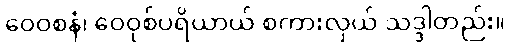
ဝေဝစနံ၊ ဝေဝုစ်ပရိယာယ် စကားလှယ် သဒ္ဒါတည်း။